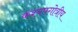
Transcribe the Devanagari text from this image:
कश्यपगोत्रीय